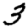
Digit: 3